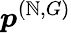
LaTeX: \boldsymbol{p}^{(\mathbb{N},G)}